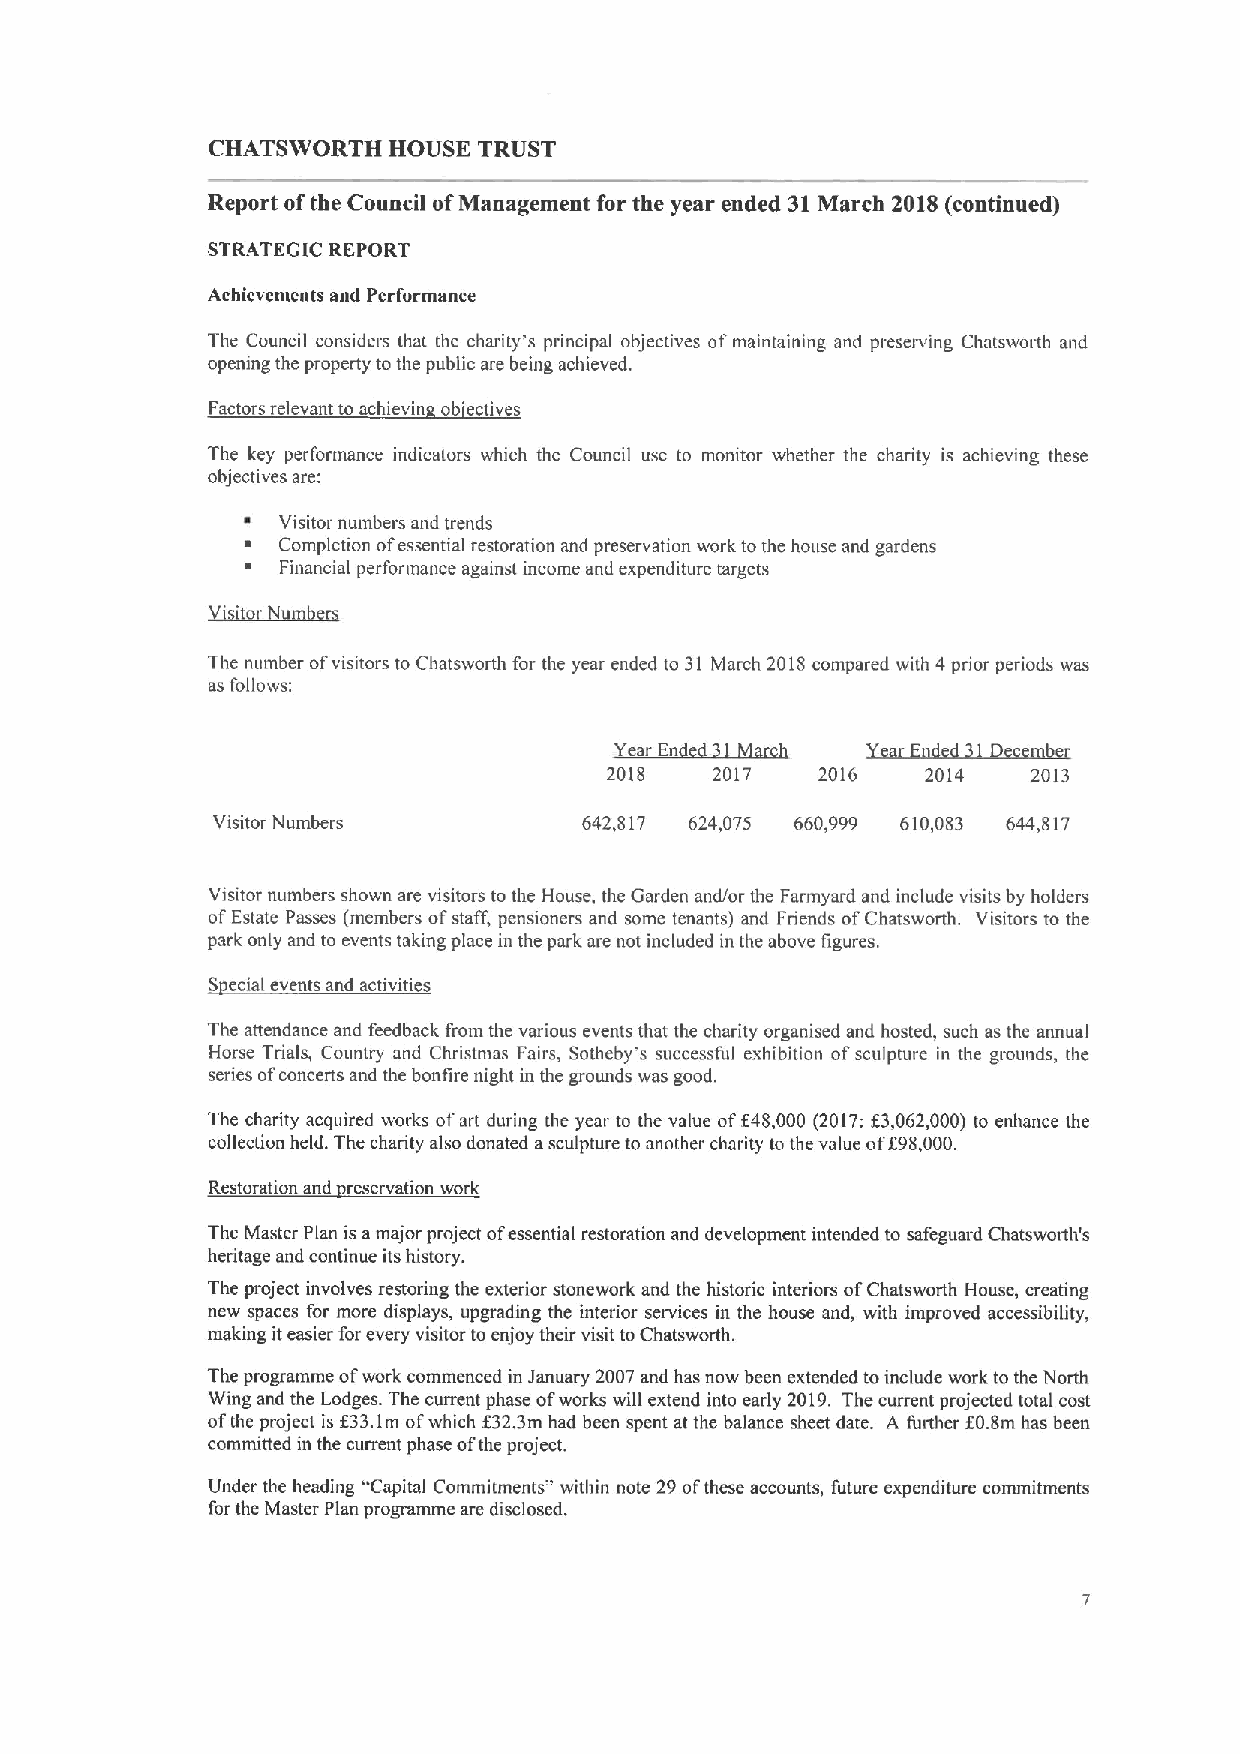
CHATSWORTH  HOUSE TRUST
 Report ofthe Council ofManagement for the year ended 31March 2018(continued)
 STRATEGIC REPORT
 Achievements and Performance
 The Council considers that the charity's principal objectives ofmaintaining and preserving Chatsworth and
 opening the property tothe public are being achieved.
 Factors relevant to achievin ob'ectives
 The key performance indicators which the Council use to monitor whether the charity is achieving these
 objectives are:
 ~ Visitor numbers and trends
 ~ Completion ofessential restoration and preservation work tothe house and gardens
 Financial performance against income and expenditure targets
 The number ofvisitors to Chatsworth for the year ended to 31 March 2018compared with 4prior periods was
 as follows:
 cd~
 ~Year En                    be
 2018   2017   2016   2014   2013
 Visitor Numbers          642,817 624,075 660,999 610,083 644,817
 Visitor numbers shown are visitors to the House, the Garden and/or the Farmyard and include visits by holders
 ofEstate Passes (members ofstaff, pensioners and some tenants) and Friends ofChatsworth. Visitors to the
 park only and to events taking place in the park are not included in the above figures.
 S ecial events and activities
 The attendance and feedback from the various events that the charity organised and hosted, such asthe annual
 Horse Trials, Country and Christmas Fairs, Sotheby's successful exhibition ofsculpture in the grounds, the
 series ofconcerts and the bonfire night in the grounds was good.
 The charity acquired works ofart during the year to the value off48,000 (2017:K3,062,000) to enhance the
 collection held. The charity also donated asculpture to another charity to the value off98,000.
 Restoration and reservation work
 The Master Plan is amajor project ofessential restoration and development intended to safeguard Chatsworth's
 heritage and continue its history.
 The project involves restoring the exterior stonework and the historic interiors ofChatsworth House, creating
 new spaces for more displays, upgrading the interior services in the house and, with improved accessibility,
 making iteasier for every visitor to enjoy their visit toChatsworth.
 The programme ofwork commenced in January 2007 and has now been extended toinclude work to the North
 Wing and the Lodges. The current phase ofworks will extend into early 2019. The current projected total cost
 ofthe project is f33.1m ofwhich f32.3m had been spent at the balance sheet date. A further f0.8m has been
 committed in the current phase ofthe project.
 Under the heading "Capital Commitments" within note 29ofthese accounts, future expenditure commitments
 for the Master Plan programme are disclosed.